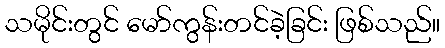
သမိုင်းတွင် မော်ကွန်းတင်ခဲ့ခြင်း ဖြစ်သည်။